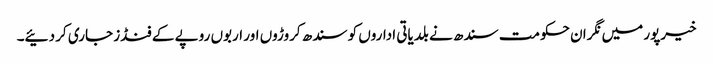
خیرپور میں نگران حکومت سندھ نے بلدیاتی اداروں کو سندھ کروڑوں اور اربوں روپے کے فنڈز جاری کر دئیے۔